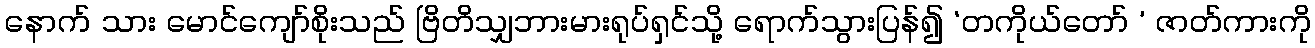
နောက် သား မောင်ကျော်စိုးသည် ဗြိတိသျှဘားမားရုပ်ရှင်သို့ ရောက်သွားပြန်၍ ‘တကိုယ်တော် ’ ဇာတ်ကားကို